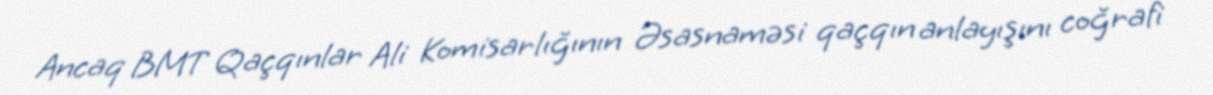
Ancaq BMT Qaçqınlar Ali Komisarlığının Əsasnaməsi qaçqın anlayışını coğrafi